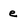
Character: e